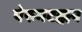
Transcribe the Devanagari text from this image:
पेरुमटक्कन